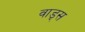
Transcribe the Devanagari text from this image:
वाड्स